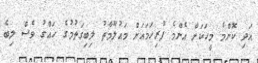
އަދި ކޮންމެ މީހަކަށް އެންމެ ފުރިހަމައަށް މައުލޫމާތު ލިބިގަތުމުގެ ހައްގު ވެސް ލިބެ